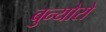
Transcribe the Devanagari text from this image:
बुन्योरो